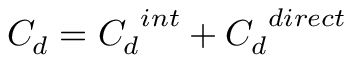
C _ { d } = { C _ { d } } ^ { i n t } + { C _ { d } } ^ { d i r e c t }